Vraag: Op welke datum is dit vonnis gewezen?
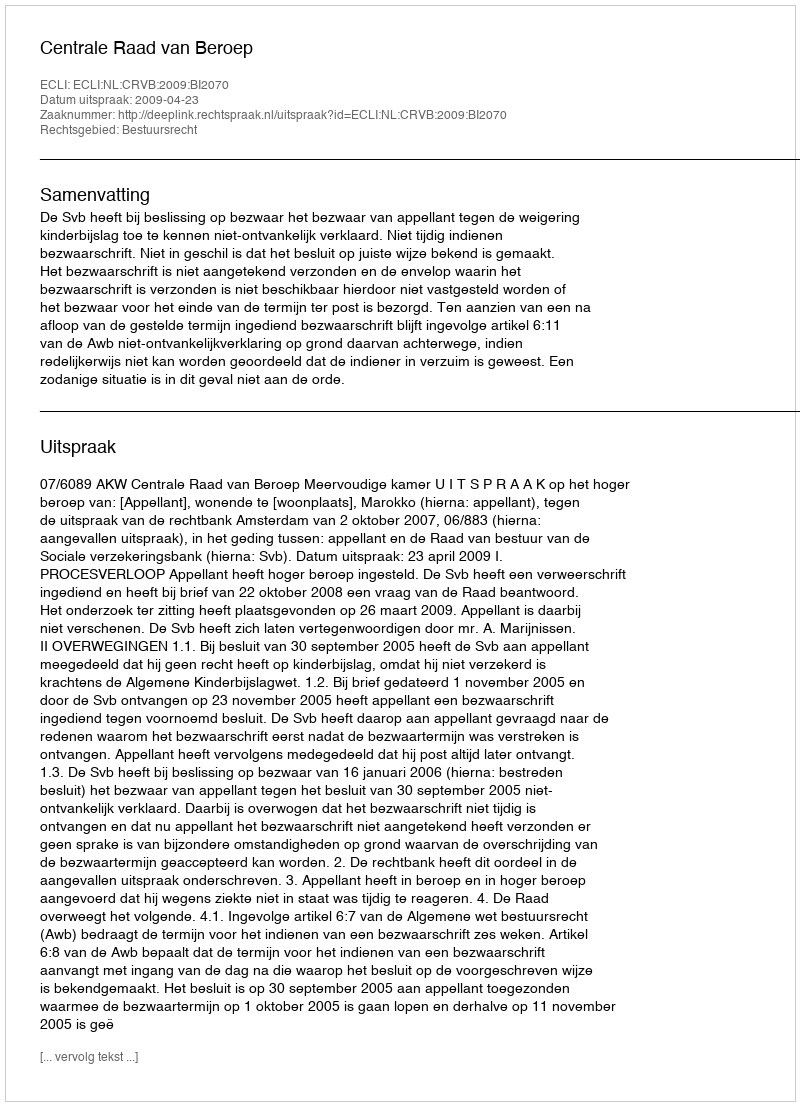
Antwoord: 2009-04-23